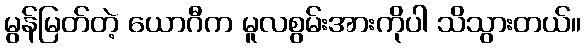
မွန်မြတ်တဲ့ ယောဂီက မူလစွမ်းအားကိုပါ သိသွားတယ်။